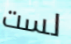
لست